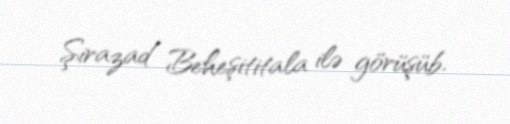
Şirazad Beheşititala ilə görüşüb.